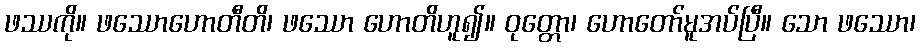
ဖဿကို။ ဖဿောဟောတီတိ၊ ဖဿော ဟောတိဟူ၍။ ဝုတ္တော၊ ဟောတော်မူအပ်ပြီ။ သော ဖဿော၊